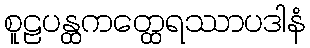
စူဠပန္ထကတ္ထေရဿာပဒါနံ